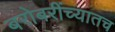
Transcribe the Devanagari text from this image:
बरोबरींच्यातच